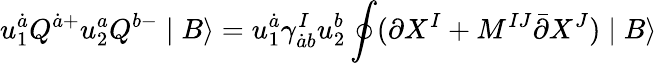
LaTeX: u_{1}^{\dot{a}}Q^{\dot{a}+}u_{2}^{a}Q^{b-}\mid B\rangle=u_{1}^{\dot{a}}\gamma_{\dot{a}b}^{I}u_{2}^{b}\oint(\partial X^{I}+M^{IJ}\bar{\partial}X^{J})\mid B\rangle